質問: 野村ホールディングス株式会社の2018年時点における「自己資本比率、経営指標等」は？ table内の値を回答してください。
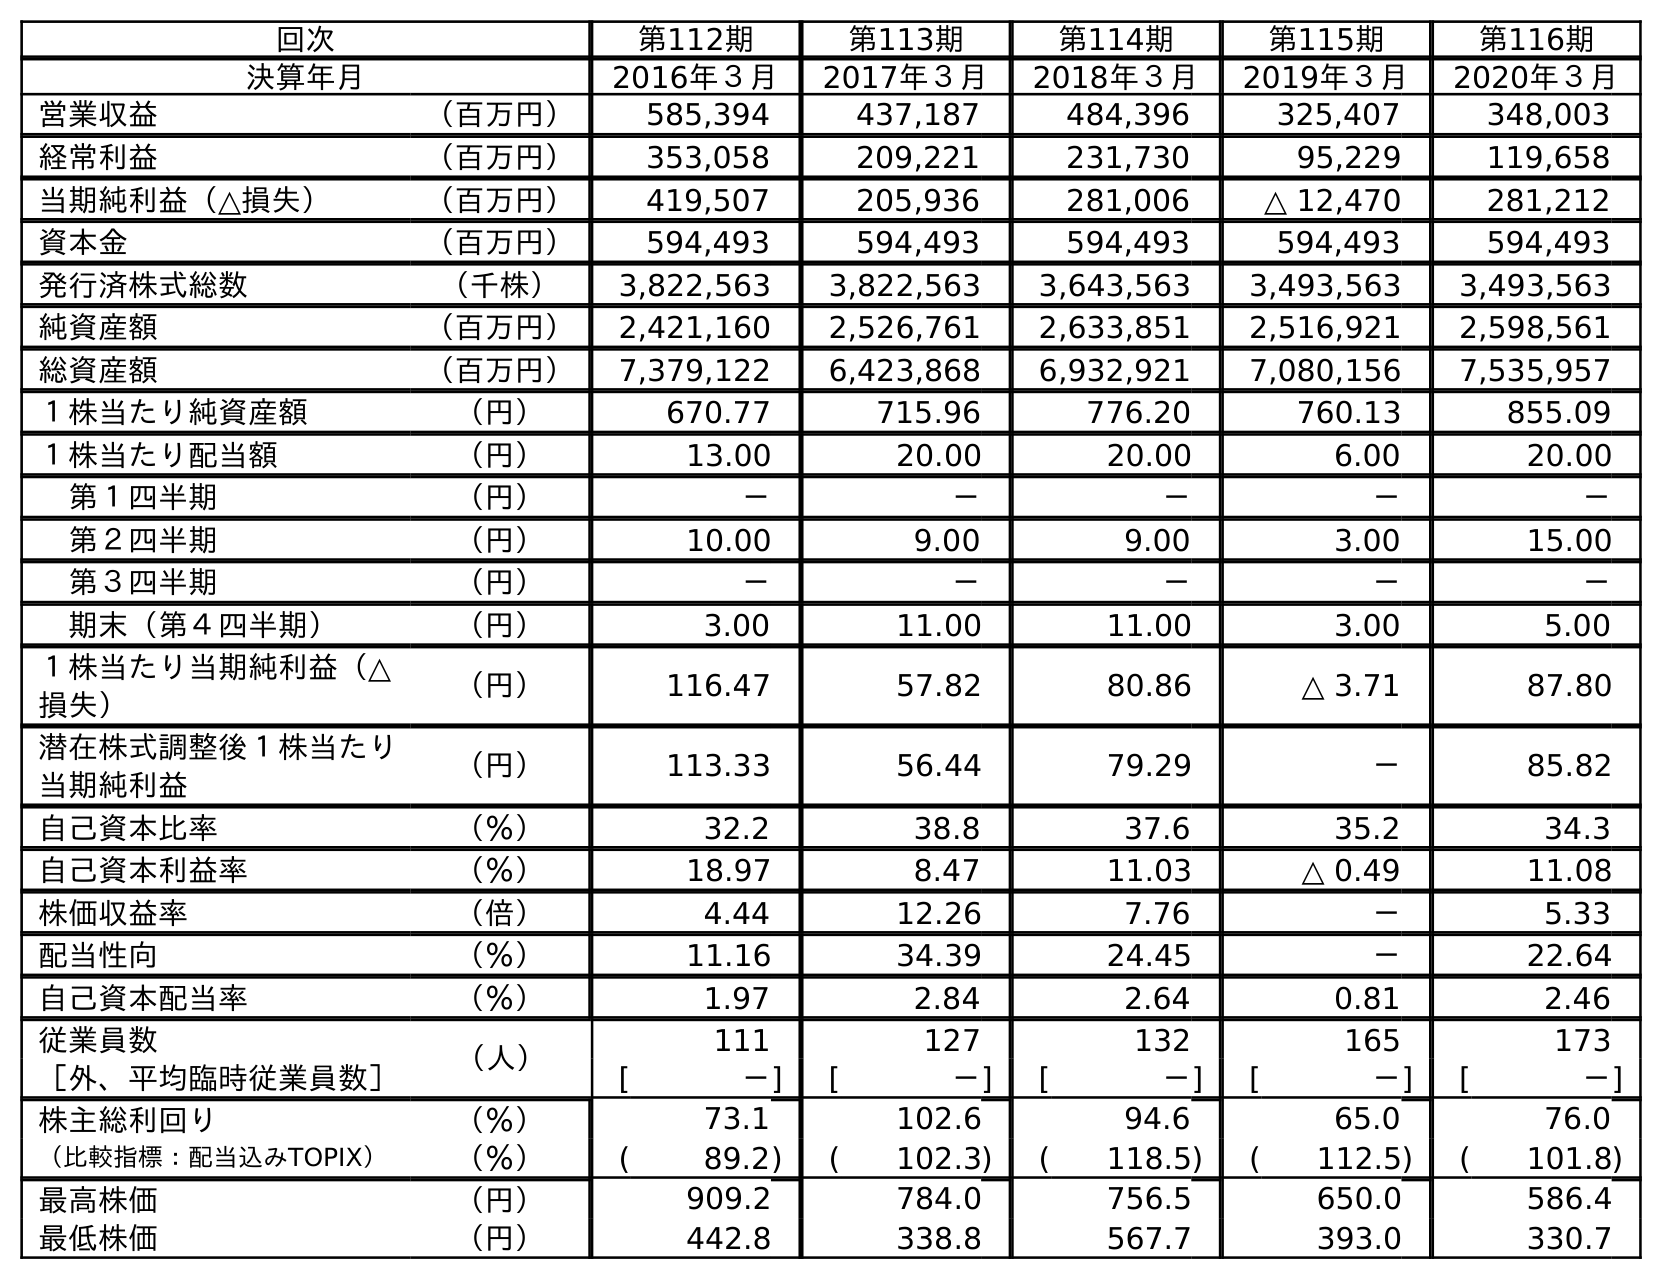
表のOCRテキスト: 回次 第112期 第113期 第114期 第115期 第116期 決算年月 2016年３月 2017年３月 2018年３月 2019年３月 2020年３月 営業収益 （百万円） 585,394 437,187 484,396 325,407 348,003 経常利益 （百万円） 353,058 209,221 231,730 95,229 119,658 当期純利益（△損失） （百万円） 419,507 205,936 281,006 △ 12,470 281,212 資本金 （百万円） 594,493 594,493 594,493 594,493 594,493 発行済株式総数 （千株） 3,822,563 3,822,563 3,643,563 3,493,563 3,493,563 純資産額 （百万円） 2,421,160 2,526,761 2,633,851 2,516,921 2,598,561 総資産額 （百万円） 7,379,122 6,423,868 6,932,921 7,080,156 7,535,957 １株当たり純資産額 （円） 670.77 715.96 776.20 760.13 855.09 １株当たり配当額 （円） 13.00 20.00 20.00 6.00 20.00 第１四半期 （円） － － － － － 第２四半期 （円） 10.00 9.00 9.00 3.00 15.00 第３四半期 （円） － － － － － 期末（第４四半期） （円） 3.00 11.00 11.00 3.00 5.00 １株当たり当期純利益（△ 損失） （円） 116.47 57.82 80.86 △ 3.71 87.80 潜在株式調整後１株当たり 当期純利益 （円） 113.33 56.44 79.29 － 85.82 自己資本比率 （％） 32.2 38.8 37.6 35.2 34.3 自己資本利益率 （％） 18.97 8.47 11.03 △ 0.49 11.08 株価収益率 （倍） 4.44 12.26 7.76 － 5.33 配当性向 （％） 11.16 34.39 24.45 － 22.64 自己資本配当率 （％） 1.97 2.84 2.64 0.81 2.46 従業員数 （人） 111 127 132 165 173 ［外、平均臨時従業員数］ [ －] [ －] [ －] [ －] [ －] 株主総利回り （％） 73.1 102.6 94.6 65.0 76.0 （比較指標：配当込みTOPIX） （％） ( 89.2) ( 102.3) ( 118.5) ( 112.5) ( 101.8) 最高株価 （円） 909.2 784.0 756.5 650.0 586.4 最低株価 （円） 442.8 338.8 567.7 393.0 330.7
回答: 37.6